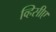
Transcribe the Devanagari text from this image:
व्हिसीए